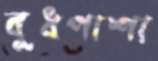
বুধপাশা